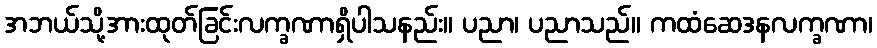
အဘယ်သို့အားထုတ်ခြင်းလက္ခဏာရှိပါသနည်း။ ပညာ၊ ပညာသည်။ ကထံဆေဒနလက္ခဏာ၊